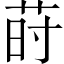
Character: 莳